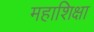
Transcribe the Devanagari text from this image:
महाशिक्षा